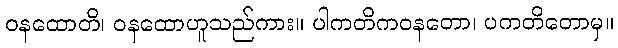
ဝနထောတိ၊ ဝနထောဟူသည်ကား။ ပါကတိကဝနတော၊ ပကတိတောမှ။